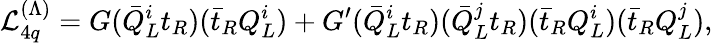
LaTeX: {\cal{L}}_{4q}^{(\Lambda)}=G({\bar{Q}}_{L}^{i}t_{R})({\bar{t}}_{R}Q_{L}^{i})+G^{\prime}({\bar{Q}}_{L}^{i}t_{R})({\bar{Q}}_{L}^{j}t_{R})({\bar{t}}_{R}Q_{L}^{i})({\bar{t}}_{R}Q_{L}^{j}),